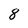
Character: 8